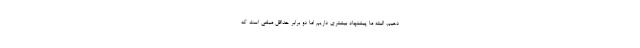
دهیم. البته ما پیشنهاد بیشتری داریم اما دو برابر حداقل مبلغی است که